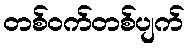
တစ်ဝက်တစ်ပျက်